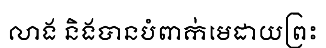
លាង និងបានបំពាក់មេដាយព្រះ